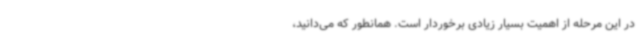
در این مرحله از اهمیت بسیار زیادی برخوردار است. همانطور که می‌دانید،